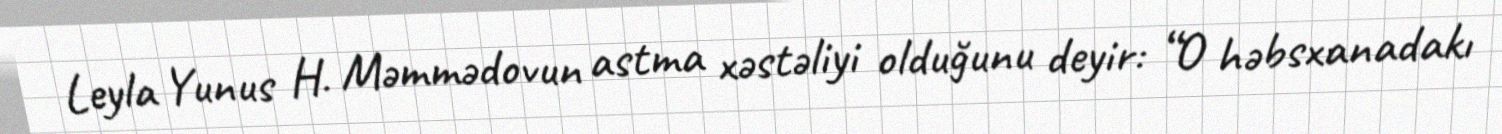
Leyla Yunus H. Məmmədovun astma xəstəliyi olduğunu deyir: “O həbsxanadakı